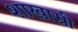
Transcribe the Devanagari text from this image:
शाखाग्री